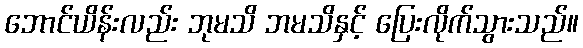
ဘောင်ယိန်းလည်း ဘုမသိ ဘမသိနှင့် ပြေးလိုက်သွားသည်။